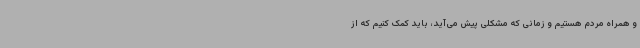
و همراه مردم هستیم و زمانی که مشکلی پیش می‌آید، باید کمک کنیم که از